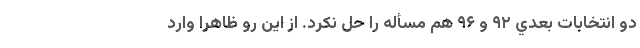
دو انتخابات بعدي ۹۲ و ۹۶ هم مسأله را حل نكرد. از اين رو ظاهراً وارد